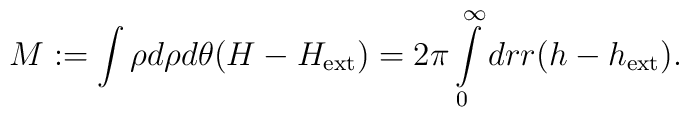
M:= \int \rho d\rho d\theta(H-H_{\rm ext}) = 2\pi\int\limits_{0}^{\infty}dr r (h - h_{\rm ext}).